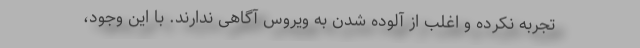
تجربه نکرده و اغلب از آلوده شدن به ویروس آگاهی ندارند. با این وجود،